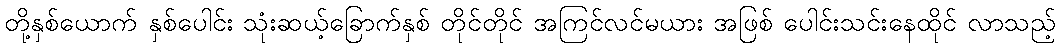
တို့နှစ်ယောက် နှစ်ပေါင်း သုံးဆယ့်ခြောက်နှစ် တိုင်တိုင် အကြင်လင်မယား အဖြစ် ပေါင်းသင်းနေထိုင် လာသည့်